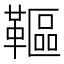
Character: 䩽